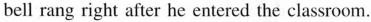
bell rang right after he entered the classroom.